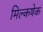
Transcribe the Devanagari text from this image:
मिल्कषेक